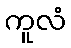
ကူလံ